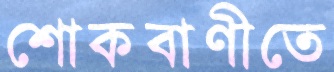
শোকবাণীতে